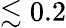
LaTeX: \lesssim 0.2